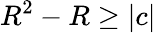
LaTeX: R^{2}-R\geq|c|